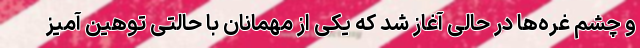
و چشم غره‌ها در حالی آغاز شد که یکی از مهمانان با حالتی توهین آمیز